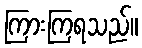
ကြားကြရသည်။